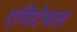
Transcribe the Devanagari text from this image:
एविटेबल